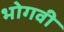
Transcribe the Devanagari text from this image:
भोगवी